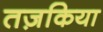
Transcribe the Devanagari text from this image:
तज़किया